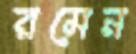
রমেন